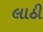
લાઠી